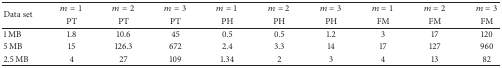
<table><thead><tr><td rowspan="2"><b>Data set </b></td><td><b><i>m</i> = 1</b></td><td><b><i>m</i> = 2</b></td><td><b><i>m</i> = 3</b></td><td><b><i>m</i> = 1</b></td><td><b><i>m</i> = 2</b></td><td><b><i>m</i> = 3</b></td><td><b><i>m</i> = 1</b></td><td><b><i>m</i> = 2</b></td><td><b><i>m</i> = 3</b></td></tr><tr><td><b>PT </b></td><td><b>PT </b></td><td><b>PT </b></td><td><b>PH </b></td><td><b>PH </b></td><td><b>PH </b></td><td><b>FM </b></td><td><b>FM </b></td><td><b>FM </b></td></tr></thead><tbody><tr><td>1 MB</td><td> 1.8</td><td> 10.6</td><td> 45</td><td> 0.5</td><td> 0.5</td><td> 1.2</td><td> 3</td><td> 17</td><td> 120</td></tr><tr><td>5 MB</td><td> 15</td><td> 126.3</td><td> 672</td><td> 2.4</td><td> 3.3</td><td> 14</td><td> 17</td><td> 127</td><td> 960</td></tr><tr><td>2.5 MB</td><td> 4</td><td> 27</td><td> 109</td><td> 1.34</td><td> 2</td><td> 3</td><td> 4</td><td> 13</td><td> 82</td></tr></tbody></table>